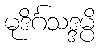
မုဒိင်္ဂသဒ္ဒမ္ပိ